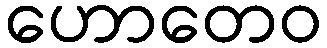
ဟောတေဝ